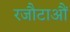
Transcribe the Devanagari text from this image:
रजौटाऔं